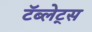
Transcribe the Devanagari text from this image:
टॅब्लेट्‍स